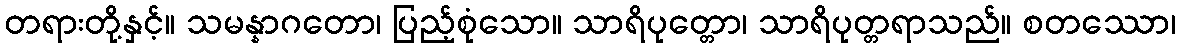
တရားတို့နှင့်။ သမန္နာဂတော၊ ပြည့်စုံသော။ သာရိပုတ္တော၊ သာရိပုတ္တရာသည်။ စတဿော၊